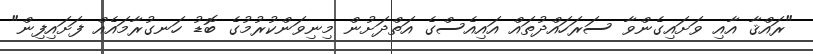
"ރައްޤާ އާއި ވަށައިގެންވާ ސަރަހައްދުތައް އައިއެސްގެ އަތްދަށުން މިނިވަންކުރުމުގެ ބޮޑު ހަނގުރާމައެއް ފަށައިފިން"